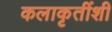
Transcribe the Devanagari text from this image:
कलाकृतींशी